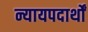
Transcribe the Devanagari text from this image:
न्यायपदार्थों